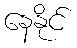
နေနိုင်